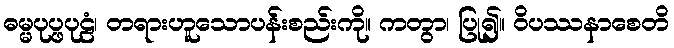
ဓမ္မပုပ္ဖပုဠံ၊ တရားဟူသောပန်းစည်းကို။ ကတွာ၊ ပြု၍။ ဝိပဿနာစေတိ